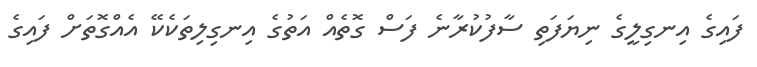
ފައިގެ އިނގިލީގެ ނިޔަފަތި ސާފުކުރާނެ ފަސް ގޮތެއް އަތުގެ އިނގިލިތަކެކޭ އެއްގޮތަށް ފައިގެ